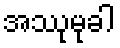
အဿုမုခါ